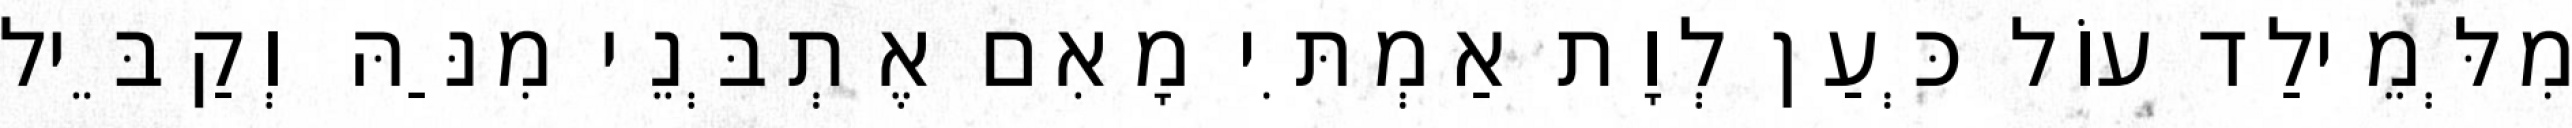
מִלְּמֵילַד עוֹל כְּעַן לְוָת אַמְתִּי מָאִם אֶתְבְּנֵי מִנַּהּ וְקַבֵּיל